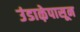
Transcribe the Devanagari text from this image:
उंडाऴेपासून